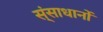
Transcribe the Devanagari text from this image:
स्ंसाधानों